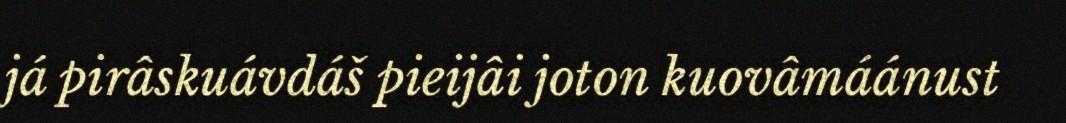
já pirâskuávdáš pieijâi joton kuovâmáánust